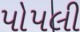
પોપલી